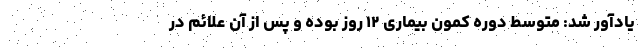
یادآور شد: متوسط دوره کمون بیماری ۱۲ روز بوده و پس از آن علائم در